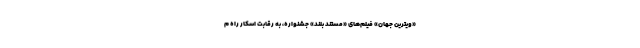
«ویترین جهان» فیلم‌های «مستند بلند» جشنواره، به رقابت اسکار راه م